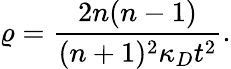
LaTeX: \varrho=\frac{2n(n-1)}{(n+1)^{2}\kappa_{D}t^{2}}.